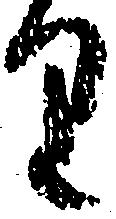
り